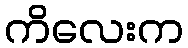
ကိလေးက